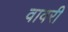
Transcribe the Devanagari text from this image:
वावरी